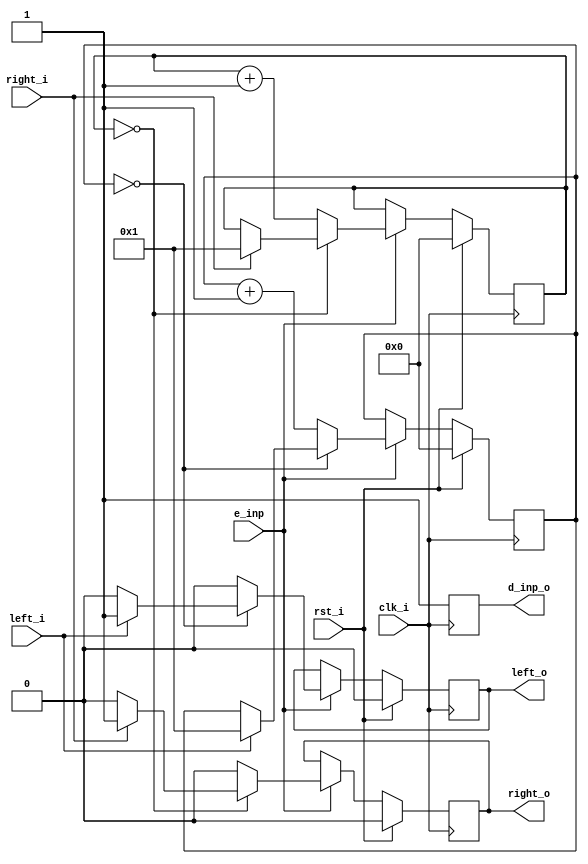
/*
	Module to catch left right input and prevent button bounce
*/

`ifndef __GETINPUT__
`define __GETINPUT__

module get_input
#(
 parameter cr_but = 4 // counter range to prevent button bounce
) (
 // define I /O  s of the module
 	input wire clk_i , // clock
	input wire e_inp ,
 	input wire rst_i , // reset
 	input wire right_i ,
 	input wire left_i ,

	output wire right_o,
	output wire left_o,
	output wire d_inp_o
);

 	reg left;
 	reg right;
 	reg d_inp;
	
	// counter till next input is used
	reg [cr_but-1:0] left_cr;
	reg [cr_but-1:0] right_cr;
	
	// assign the counter value to the output
	assign left_o = left;
	assign right_o = right;
	assign d_inp_o = d_inp;

	
	always @ (posedge clk_i) begin		
		if(rst_i) begin
			left <= 1'b0;
			right <= 1'b0;
			left_cr <= 0;
			right_cr <= 0;
		end else begin
			if (e_inp) begin
				if(left_cr == 0) begin
					if(left_i) begin
						left <= 1'b1;
						left_cr <= 1;
					end else left <= 1'b0;
				end else begin
					left <= 1'b0;
					left_cr <= left_cr + 1;
				end
			
				if(right_cr == 0) begin
					if(right_i) begin
						right <= 1'b1;
						right_cr <= 1;
					end else right <= 1'b0;
				end else begin
					right_cr <= right_cr + 1;
					right <= 1'b0;
				end				
			end
		end
		d_inp <= 1'b1; //always reset to prevent 2nd run
	end

				

endmodule // input

`endif
`default_nettype wire